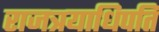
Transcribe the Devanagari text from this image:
राजत्रयाधिपति